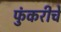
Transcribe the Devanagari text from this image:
फुंकरीचे